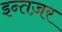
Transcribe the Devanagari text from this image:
इन्तज़र